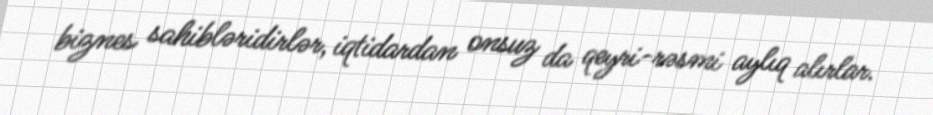
biznes sahibləridirlər, iqtidardan onsuz da qeyri-rəsmi aylıq alırlar.